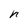
Character: n